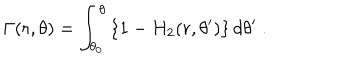
\Gamma ( r , \theta ) = \int _ { \theta _ { 0 } } ^ { \theta } \left\{ 1 - H _ { 2 } ( r , \theta ^ { \prime } ) \right\} d \theta ^ { \prime } \ .